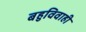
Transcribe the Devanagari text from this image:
बहुविवाही